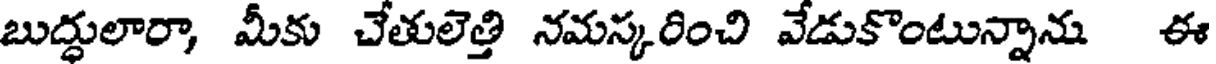
బుద్ధులారా, మీకు చేతులెత్తి నమస్కరించి వేడుకొంటున్నాను ఈ